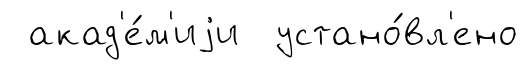
акад'е́м'иjи устано́вл'ено